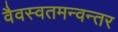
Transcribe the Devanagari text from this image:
वैवस्वतमन्वन्तर